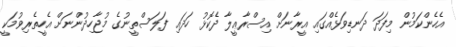
އެހެންކަމުން މިފަދަ ދަނޑިވަޅެއްގައި އީރާނަށް އިސްރާޢީލާ ދެކޮޅު ހަދައި ފަލަސްތީނުގެ މުޖާހިދުންނަށް އެހީތެރިވުމަކީ